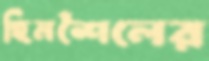
হিমশৈলের